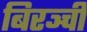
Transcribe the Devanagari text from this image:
बिरञ्ची